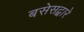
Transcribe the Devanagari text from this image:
बसेसद्बारे